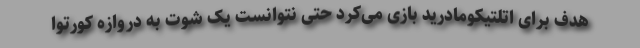
هدف برای اتلتیکومادرید بازی می‌کرد حتی نتوانست یک شوت به دروازه کورتوا